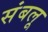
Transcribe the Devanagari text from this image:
संबलू